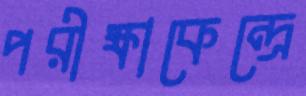
পরীক্ষাকেন্দ্রে